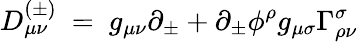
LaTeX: D_{\mu\nu}^{(\pm)}~=~g_{\mu\nu}\partial_{\pm}+\partial_{\pm}\phi^{\rho}g_{\mu\sigma}\Gamma_{\rho\nu}^{\sigma}